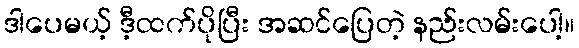
ဒါပေမယ့် ဒီ့ထက်ပိုပြီး အဆင်ပြေတဲ့ နည်းလမ်းပေါ့။